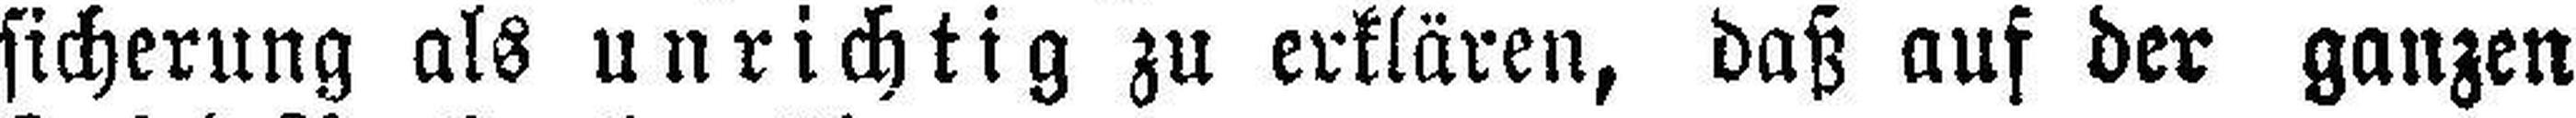
sicherung als unrichtig zu erklären, daß auf der ganzen